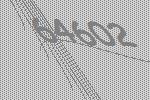
64602